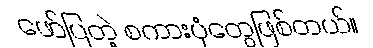
ဖော်ပြတဲ့ စကားပုံတွေဖြစ်တယ်။